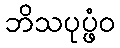
ဘိသပုပ္ဖံဝ